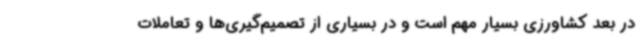
در بعد کشاورزی بسیار مهم است و در بسیاری از تصمیم‌گیری‌ها و تعاملات